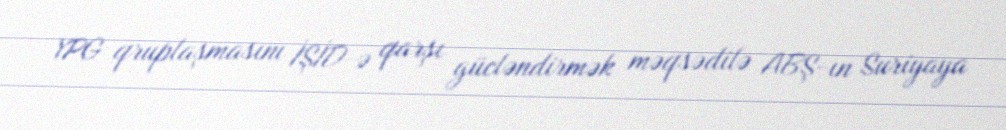
YPG qruplaşmasını İŞİD-ə qarşı gücləndirmək məqsədilə ABŞ-ın Suriyaya